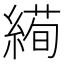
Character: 𦃜